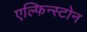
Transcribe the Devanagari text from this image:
एल्फिन्स्टोन